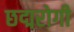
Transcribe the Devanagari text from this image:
छद्मरोगी